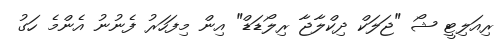
ރިއަލިޓީ ޝޯ "ޖަލަކް ދިކްލާޖާ ރިލޯޑަޑް" އިން މިފަހަރު ފެނުނު އެންމެ ހަގު